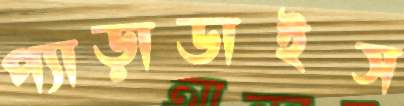
প্যাড়াডাইস